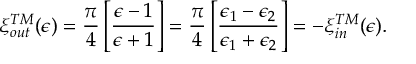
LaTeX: \xi _ { \small o u t } ^ { \small T M } ( \epsilon ) = { \frac { \pi } { 4 } } \left[ { \frac { \epsilon - 1 } { \epsilon + 1 } } \right] = { \frac { \pi } { 4 } } \left[ { \frac { \epsilon _ { 1 } - \epsilon _ { 2 } } { \epsilon _ { 1 } + \epsilon _ { 2 } } } \right] = - \xi _ { \small i n } ^ { \small T M } ( \epsilon ) .